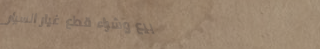
بيع وشراء قطع غيار السيار